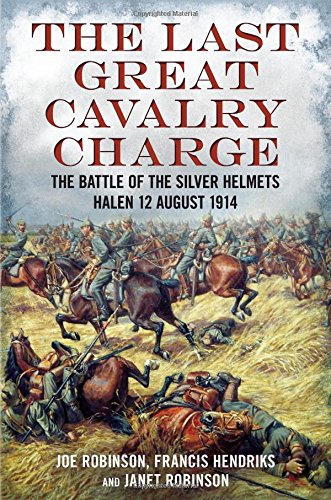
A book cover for The Last Great Cavalry Charge-The Battle of the Silver Helmets-Halen-12 August 1914; Joe Robinson; History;